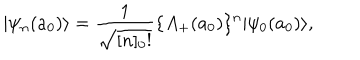
| \psi _ { n } ( a _ { 0 } ) \rangle = \frac { 1 } { \sqrt { [ n ] _ { 0 } ! } } \{ A _ { + } ( a _ { 0 } ) \} ^ { n } | \psi _ { 0 } ( a _ { 0 } ) \rangle ,